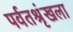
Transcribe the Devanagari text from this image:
पर्वतश्रृंखला